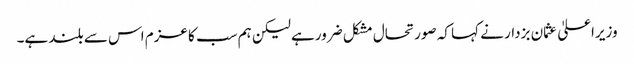
وزیراعلیٰ عثمان بزدار نے کہا کہ صورتحال مشکل ضرورہے لیکن ہم سب کا عزم اس سے بلند ہے۔